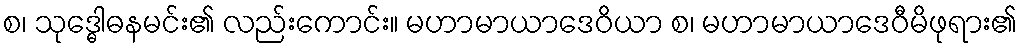
စ၊ သုဒ္ဓေါဓနမင်း၏ လည်းကောင်း။ မဟာမာယာဒေဝိယာ စ၊ မဟာမာယာဒေဝီမိဖုရား၏